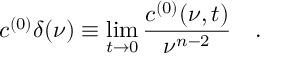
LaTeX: c ^ { ( 0 ) } \delta ( \nu ) \equiv \operatorname * { l i m } _ { t \to 0 } { \frac { c ^ { ( 0 ) } ( \nu , t ) } { \nu ^ { n - 2 } } } \quad .